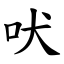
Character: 吠